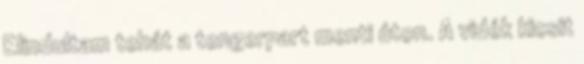
Elindultam tehát a tengerpart menti úton. A vidék kicsit